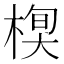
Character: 𣕍